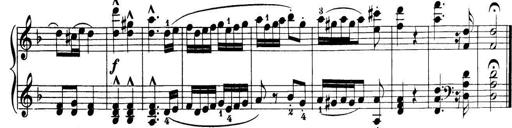
Title: 32 Sonatinas and Rondos for the Piano
Composer: Richard Kleinmichel